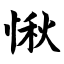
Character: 愀